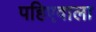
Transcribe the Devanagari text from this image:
पहिएवाला